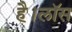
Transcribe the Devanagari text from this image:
है।लॉस